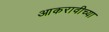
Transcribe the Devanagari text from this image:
आकरावीच्या